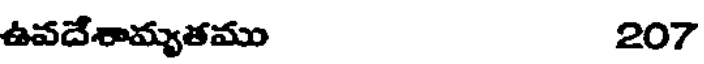
ఉవదేశామ్యతము 207